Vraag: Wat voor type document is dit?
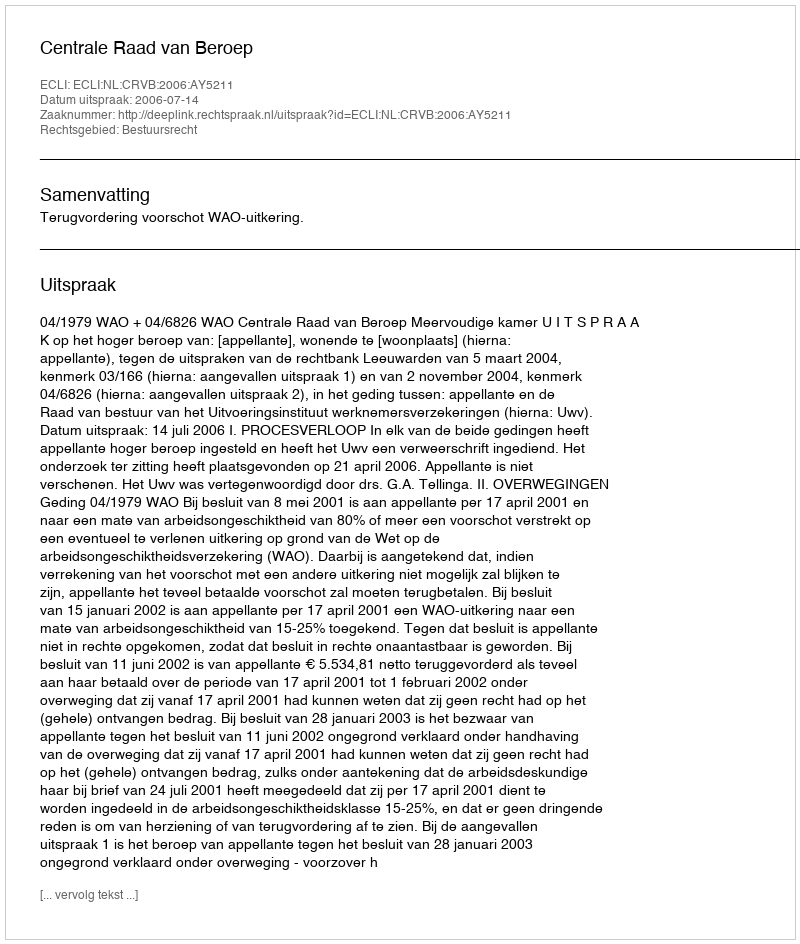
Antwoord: Uitspraak